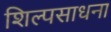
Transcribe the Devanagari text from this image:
शिल्पसाधना